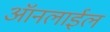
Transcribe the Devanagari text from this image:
ऑनलाईल